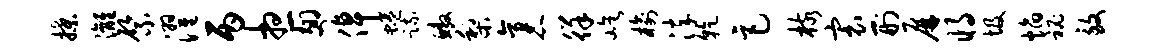
揲漓綮濯丙想翅倬蜷疏鳌梨袤徉屹榆淬干巨核寰刑屏将圾焰秘致